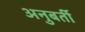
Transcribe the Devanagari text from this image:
अनुबर्ती